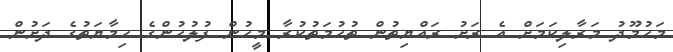
މަހުމޫދު މަރާލިކަމަށް އެ ރަށު ރައްޔިތުން ތުހުމަތުކުރާ މީހުން ފުލުހުންގެ ހިމާޔަތުގެ ދަށުން